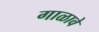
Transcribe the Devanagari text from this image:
गाळावे